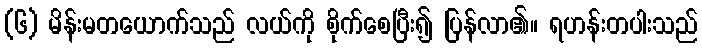
(၆) မိန်းမတယောက်သည် လယ်ကို စိုက်စေပြီး၍ ပြန်လာ၏။ ရဟန်းတပါးသည်